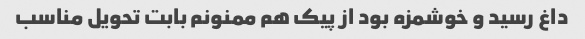
داغ رسید و خوشمزه بود از پیک هم ممنونم بابت تحویل مناسب